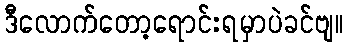
ဒီလောက်တော့ရောင်းရမှာပဲခင်ဗျ။